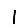
Digit: 1